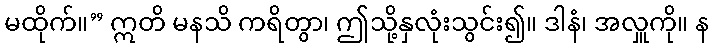
မထိုက်။” ဣတိ မနသိ ကရိတွာ၊ ဤသို့နှလုံးသွင်း၍။ ဒါနံ၊ အလှူကို။ န